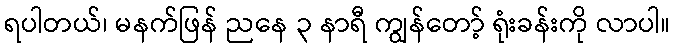
ရပါတယ်၊ မနက်ဖြန် ညနေ ၃ နာရီ ကျွန်တော့် ရုံးခန်းကို လာပါ။